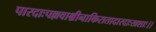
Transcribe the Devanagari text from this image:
पारदाःपल्लवाश्चीनाकिरातादारदाःखशाः।।